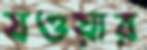
যওয়ার